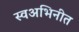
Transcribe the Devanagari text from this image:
स्वअभिनीत